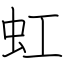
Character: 虹